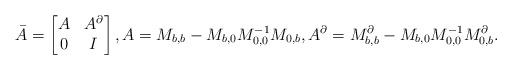
\begin{align*}\bar{A} = \begin{bmatrix}A & A^{\partial}\\ 0& I\end{bmatrix},A = M_{b,b} - M_{b,0}M_{0,0}^{-1}M_{0,b},A^{\partial} = M_{b,b}^{\partial} - M_{b,0}M_{0,0}^{-1} M_{0,b}^{\partial} .\end{align*}